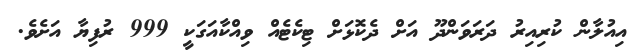
އިއުލާން ކުރިއިރު ދަރަވަންދޫ އަށް ދެކޮޅަށް ޓިކެޓެއް ވިއްކާއަގަކީ 999 ރުފިޔާ އަށެވެ.